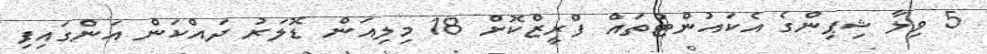
5 ވިލާ ޝިޕިންގެ އެކައުންޓުތައް ފްރީޒްކޮށް 18 މިލިއަން ޑޮލަރު ދައްކަން އަންގައިފި